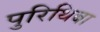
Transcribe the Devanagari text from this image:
पुरिथिबा